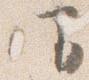
仰